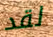
لقد